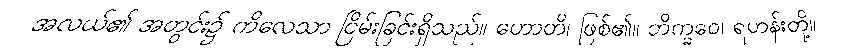
အလယ်၏ အတွင်း၌ ကိလေသာ ငြိမ်းခြင်းရှိသည်။ ဟောတိ၊ ဖြစ်၏။ ဘိက္ခဝေ၊ ရဟန်းတို့။